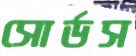
সোর্ডস